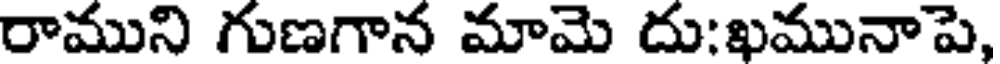
రాముని గుణగాన మామె దు;ఖమునాపె,